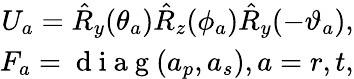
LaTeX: \begin{array}{r}{U_{a}=\hat{R}_{y}(\theta_{a})\hat{R}_{z}(\phi_{a})\hat{R}_{y}(-\vartheta_{a}),}\\ {F_{a}=\mathrm{~d~i~a~g~}(a_{p},a_{s}),a=r,t,}\end{array}